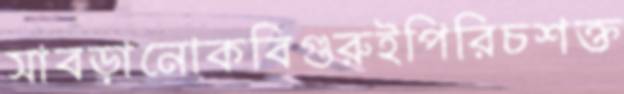
সাবড়ানোকবিগুরুইপিরিচশক্ত